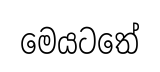
මෙයටතේ